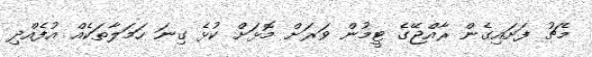
މެޗު ފަށައިގެން ރާއްޖޭގެ ޓީމުން ވަރަށް މޮޅަށް ކުޅެ ގިނަ ހަމަލާތަކެެއް އުފެއްދި